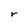
Character: r